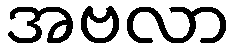
အဗလာ